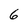
Character: 6